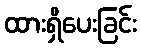
ထားရှိပေးခြင်း